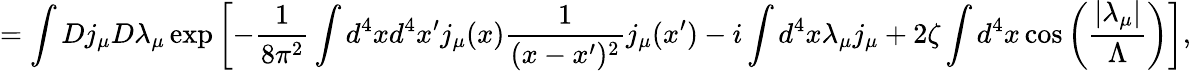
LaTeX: =\int Dj_{\mu}D\lambda_{\mu}\exp\left[-\frac{1}{8\pi^{2}}\int d^{4}xd^{4}x^{\prime}j_{\mu}(x)\frac{1}{(x-x^{\prime})^{2}}j_{\mu}(x^{\prime})-i\int d^{4}x\lambda_{\mu}j_{\mu}+2\zeta\int d^{4}x\cos\left(\frac{\left|\lambda_{\mu}\right|}{\Lambda}\right)\right],